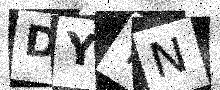
Text: DYYN